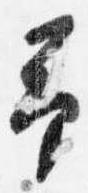
予